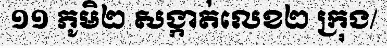
១១ ភូមិ២ សង្កាត់លេខ២ ក្រុង/